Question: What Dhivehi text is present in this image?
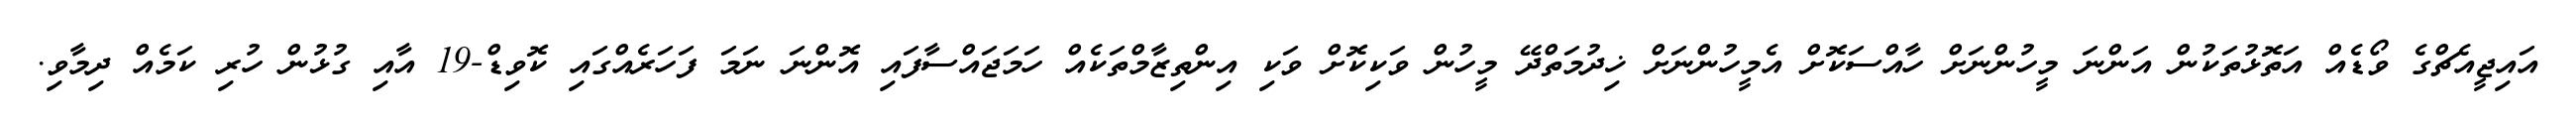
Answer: އައިޖީއެޗްގެ ވޯޑެއް އަތޮޅުތަކުން އަންނަ މީހުންނަށް ހާއްސަކޮށް އެމީހުންނަށް ޚިދުމަތްދޭ މީހުން ވަކިކޮށް ވަކި އިންތިޒާމްތަކެއް ހަމަޖައްސާފައި އޮންނަ ނަމަ ފަހަރެއްގައި ކޮވިޑް-19 އާއި ގުޅުން ހުރި ކަމެއް ދިމާވި.